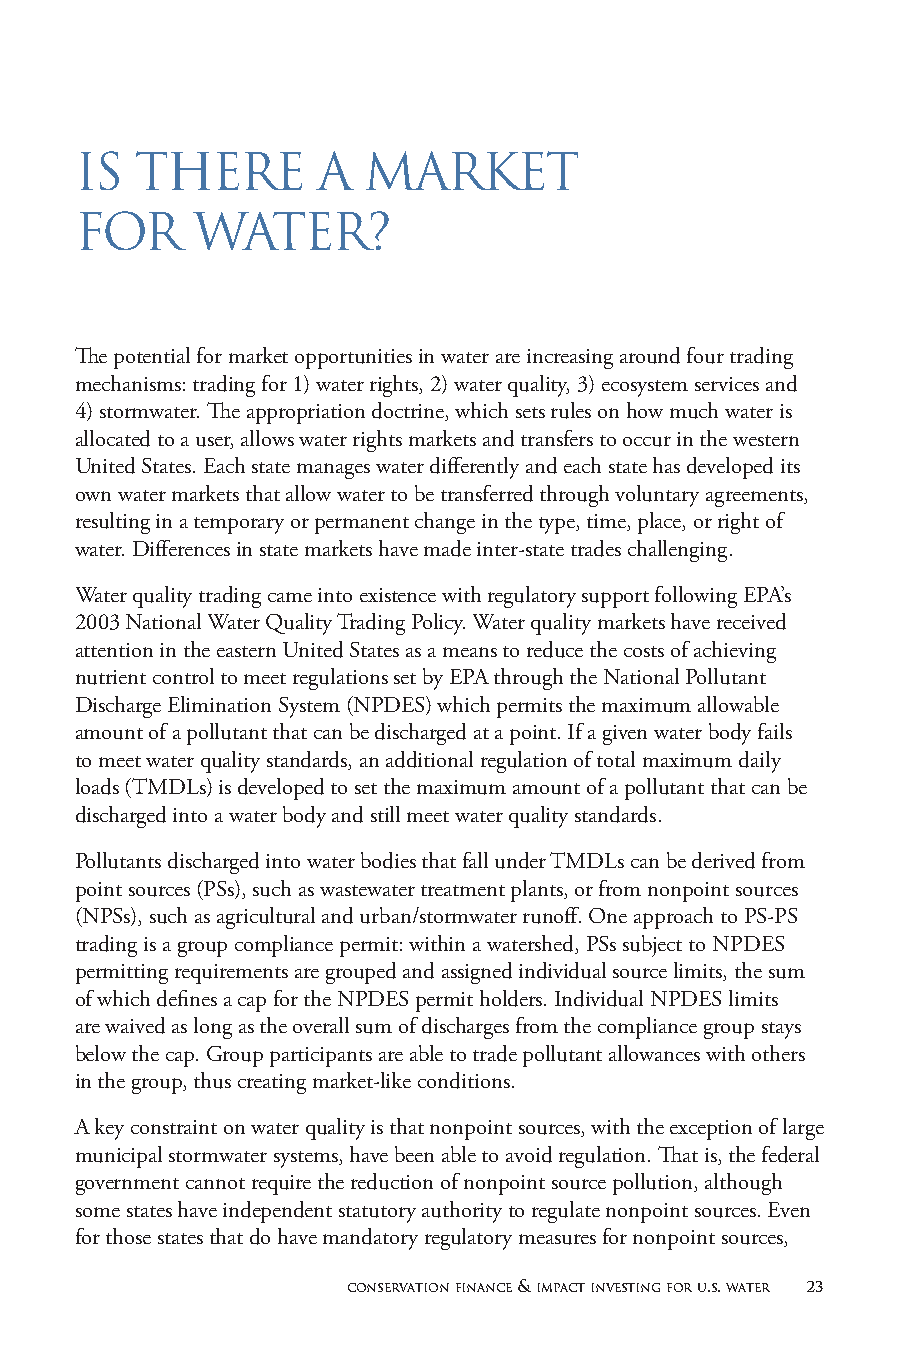
IS  THERE       A  MARKET
 FOR     WATER?
 The potential for market opportunities in water are increasing around four trading
 mechanisms: trading for 1) water rights, 2) water quality, 3) ecosystem services and
 4) stormwater. The appropriation doctrine, which sets rules on how much water is
 allocated to a user, allows water rights markets and transfers to occur in the western
 United States. Each state manages water differently and each state has developed its
 own water markets that allow water to be transferred through voluntary agreements,
 resulting in a temporary or permanent change in the type, time, place, or right of
 water. Differences in state markets have made inter-state trades challenging.
 Water quality trading came into existence with regulatory support following EPA’s
 2003 National Water Quality Trading Policy. Water quality markets have received
 attention in the eastern United States as a means to reduce the costs of achieving
 nutrient control to meet regulations set by EPA through the National Pollutant
 Discharge Elimination System (NPDES) which permits the maximum allowable
 amount of a pollutant that can be discharged at a point. If a given water body fails
 to meet water quality standards, an additional regulation of total maximum daily
 loads (TMDLs) is developed to set the maximum amount of a pollutant that can be
 discharged into a water body and still meet water quality standards.
 Pollutants discharged into water bodies that fall under TMDLs can be derived from
 point sources (PSs), such as wastewater treatment plants, or from nonpoint sources
 (NPSs), such as agricultural and urban/stormwater runoff. One approach to PS-PS
 trading is a group compliance permit: within a watershed, PSs subject to NPDES
 permitting requirements are grouped and assigned individual source limits, the sum
 of which defines a cap for the NPDES permit holders. Individual NPDES limits
 are waived as long as the overall sum of discharges from the compliance group stays
 below the cap. Group participants are able to trade pollutant allowances with others
 in the group, thus creating market-like conditions.
 A key constraint on water quality is that nonpoint sources, with the exception of large
 municipal stormwater systems, have been able to avoid regulation. That is, the federal
 government cannot require the reduction of nonpoint source pollution, although
 some states have independent statutory authority to regulate nonpoint sources. Even
 for those states that do have mandatory regulatory measures for nonpoint sources,
 conservation finance & impact investing for u.s. water 23